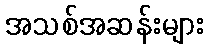
အသစ်အဆန်းများ